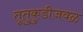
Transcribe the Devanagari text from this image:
तूतुकुडीजवळ